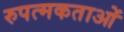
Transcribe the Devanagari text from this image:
रुपत्मकताओं